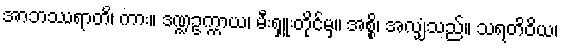
အာဘဿရာတိ၊ ကား။ ဒဏ္ဍဥက္ကာယ၊ မီးရှူးတိုင်မှ။ အစ္စိ၊ အလျှံသည်။ သရတိဝိယ၊